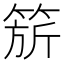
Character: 𬕗